Vaccination in the Punjab 1883-1896 - 1883-1896
Year: 1883
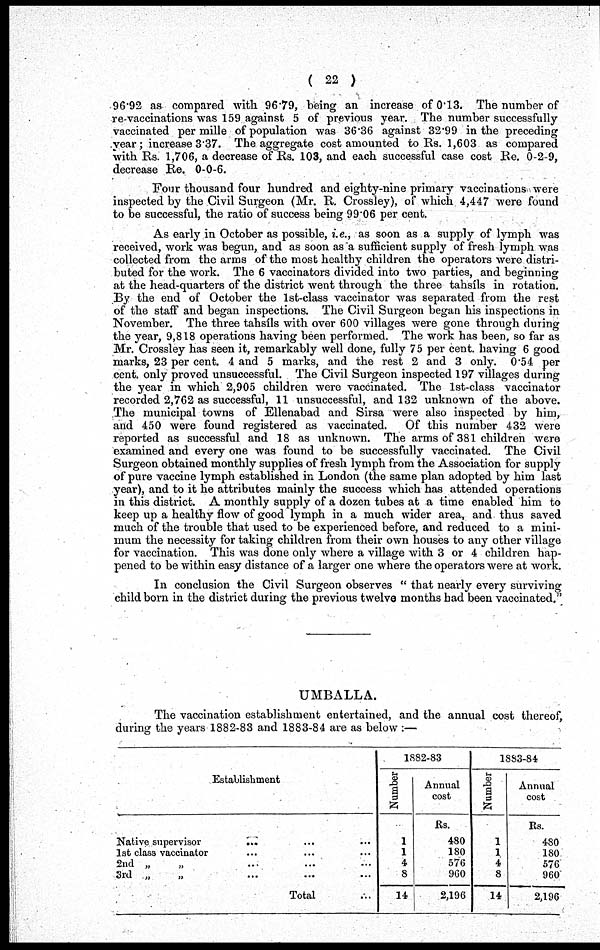
( 22 )
96.92 as compared with 9679, being an increase of 0.13. The number of
re-vaccinations was 159 against 5 of previous year. The number successfully-
vaccinated per mille of population was 36.36 against 32.99 in the preceding
year; increase 3.37. The aggregate cost amounted to Rs. 1,603 as compared
with Rs. 1,706, a decrease of Rs. 103, and each successful case cost Re. 0-2-9,
decrease Re. 0-0-6.
Four thousand four hundred and eighty-nine primary vaccinations were
inspected by the Civil Surgeon (Mr. R. Crossley), of which 4,447 were found
to be successful, the ratio of success being 99.06 per cent.
As early in October as possible, i.e., as soon as a supply of lymph was
received, work was begun, and as soon as a sufficient supply of fresh lymph was
collected from the arms of the most healthy children the operators were distri-
buted for the work. The 6 vaccinators divided into two parties, and beginning
at the head-quarters of the district went through the three tahsíls in rotation.
By the end of October the 1st-class vaccinator was separated from the rest
of the staff and began inspections. The Civil Surgeon began his inspections in
November. The three tahsíls with over 600 villages were gone through during
the year, 9,818 operations having been performed. The work has been, so far as
Mr. Crossley has seen it, remarkably well done, fully 75 per cent. having 6 good
marks, 23 per cent. 4 and 5 marks, and the rest 2 and 3 only. 0.54 per
cent. only proved unsuccessful. The Civil Surgeon inspected 197 villages during
the year in which 2,905 children were vaccinated. The 1st-class vaccinator
recorded 2,762 as successful, 11 unsuccessful, and 132 unknown of the above.
The municipal towns of Ellenabad and Sirsa were also inspected by him,
and 450 were found registered as vaccinated.
Of this number 432 were
reported as successful and 18 as unknown. The arms of 381 children were
examined and every one was found to be successfully vaccinated. The Civil
Surgeon obtained monthly supplies of fresh lymph from the Association for supply
of pure vaccine lymph established in London (the same plan adopted by him last
year), and to it he attributes mainly the success which has attended operations
in this district. A monthly supply of a dozen tubes at a time enabled him to
keep up a healthy flow of good lymph in a much wider area, and thus saved
much of the trouble that used to be experienced before, and reduced to a mini-
mum the necessity for taking children from their own houses to any other village
for vaccination. This was done only where a village with 3 or 4 children hap-
pened to be within easy distance of a larger one where the operators were at work.
In conclusion the Civil Surgeon observes " that nearly every surviving
child born in the district during the previous twelve months bad been vaccinated."
UMBALLA.
The vaccination establishment entertained, and the annual cost thereof,
during the years 1882-83 and 1883-84 are as below :—
Establishment
Native supervisor ... ... ...
1st class vaccinator ... ... ...
2nd „
„ ... ... ...
3rd „
„
...
...
...
Total ...
1882-83
Number
1
1
4
8
14
Annual
cost
Rs.
480
180
576
960
2,196
1883-84
Number
1
1
4
8
14
Annual
cost
Rs.
480
180
576
960
2,196